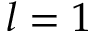
l = 1